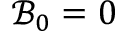
\mathcal { B } _ { 0 } = 0